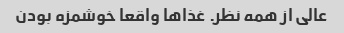
عالی از همه نظر. غذا‌ها واقعا خوشمزه بودن